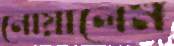
নোয়ালেম